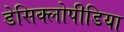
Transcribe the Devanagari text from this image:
डेसिक्लोपीडिया